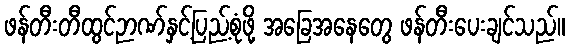
ဖန်တီးတီထွင်ဉာဏ်နှင့်ပြည့်စုံဖို့ အခြေအနေတွေ ဖန်တီးပေးချင်သည်။